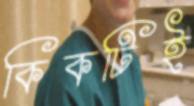
কিকটিই